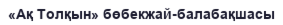
«Ақ Толқын» бөбекжай-балабақшасы